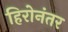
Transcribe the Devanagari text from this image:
हिरोनंतर